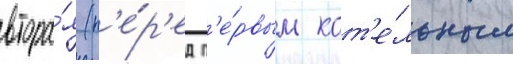
втора́я (п'е́р'ед п'е́рвым кот'е́льным